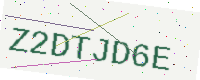
Text: Z2DTJD6E